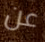
عن